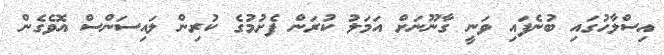
އިސްލާހުގައި ބުނެފައި ވަނީ ގާނޫނަށް އަމަލު ކުރަން ފެށުމުގެ ކުރިން ލައިސަންސް އޮވެގެން